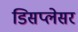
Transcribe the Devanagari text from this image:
डिसप्लेसर